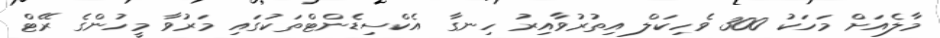
މާލެއަށް މަހަކު 300 ވެހިކަލް އިތުރުވާއިރު ހިނގާ އެކްސިޑެންޓްތަކުގައި މަރުވާ މީހުންގެ ރޭޓް